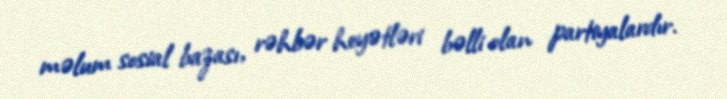
məlum sosial bazası, rəhbər heyətləri bəlli olan partiyalardır.